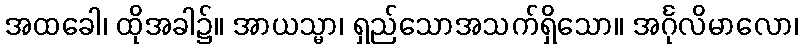
အထခေါ၊ ထိုအခါ၌။ အာယသ္မာ၊ ရှည်သောအသက်ရှိသော။ အင်္ဂုလိမာလော၊